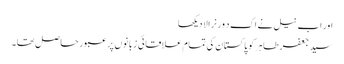
اور اب نیل نے اک د ور نرالا دیکھا
سید جعفر طاہر کو پاکستان کی تمام علاقائی زبانوں پر عبور حاصل تھا۔